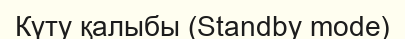
Күту қалыбы (Standby mode)